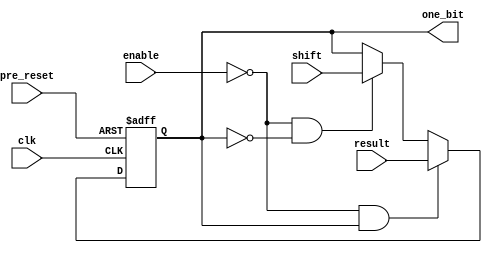
`timescale 1ns / 1ps
//////////////////////////////////////////////////////////////////////////////////
// Company: 
// Engineer: 
// 
// Design Name: 
// Module Name: sar_block
// Project Name: 
// Target Devices: 
// Tool Versions: 
// Description: 
// 
// Dependencies: 
// 
// Revision:
// Revision 0.01 - File Created
// Additional Comments:
// 
//////////////////////////////////////////////////////////////////////////////////

module sar_block(
    input result,
    input shift,
    input enable,
    input clk,
    input pre_reset,
	 output reg one_bit
    );
	 
	 reg out;
	 parameter value=0;
	 
	 always @ (result,shift,one_bit,enable)
	 
	 begin
	 
	 if(enable==0 && one_bit==1)
	 out=result ;

	 
	 else if(enable==0 && one_bit==0)
	 out=shift ;
	
    else
	 out=one_bit;
      	 
	 
	 end
	 
	 
	 
	 
	 always @ (posedge clk or posedge pre_reset)  
       if (pre_reset)  
          one_bit <= value;  
       else  
          one_bit <= out;  
	 
	 
	 
	 
	 
	 


endmodule